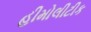
હીમોલીટીક